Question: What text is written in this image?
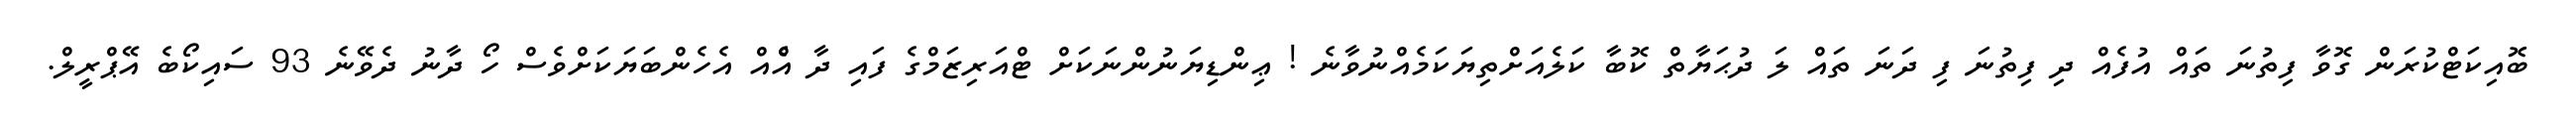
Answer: ބޮއިކަޓްކުރަން ގޮވާ ފިތުނަ ތައް އުފެއް ދި ފިތުނަ ފި ދަނަ ތައް ލަ ދުޙަޔާތް ކޮބާ ކަލެއަށްތިޔަކަމެއްނުވާނެ ! ޢިންޑިޔަނުންނަކަށް ޓްއަރިޒަމްގެ ފައި ދާ އެްއް އެހެންބަޔަކަށްވެސް ހޯ ދާނު ދެވޭނެ 93 ސައިކޯބެ އޭޕްރީލް.